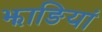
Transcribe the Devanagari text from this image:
झाङियां